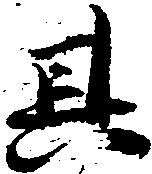
其